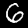
Digit: 6